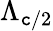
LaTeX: \Lambda_{\mathtt{c}/2}